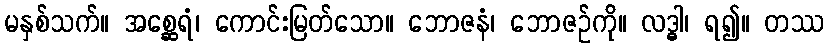
မနှစ်သက်။ အစ္ဆေရံ၊ ကောင်းမြတ်သော။ ဘောဇနံ၊ ဘောဇဉ်ကို။ လဒ္ဓါ၊ ရ၍။ တဿ